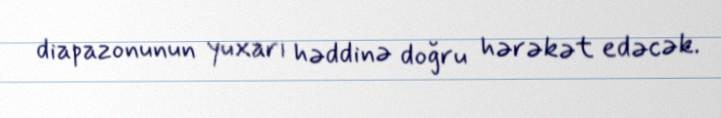
diapazonunun yuxarı həddinə doğru hərəkət edəcək.